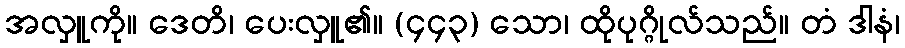
အလှူကို။ ဒေတိ၊ ပေးလှူ၏။ (၄၄၃) သော၊ ထိုပုဂ္ဂိုလ်သည်။ တံ ဒါနံ၊